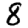
Digit: 8